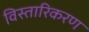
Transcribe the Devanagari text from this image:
विस्तारिकरण